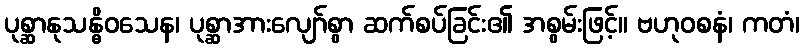
ပုစ္ဆာနုသန္ဓိဝသေန၊ ပုစ္ဆာအားလျော်စွာ ဆက်စပ်ခြင်း၏ အစွမ်းဖြင့်။ ဗဟုဝစနံ၊ ကတံ၊